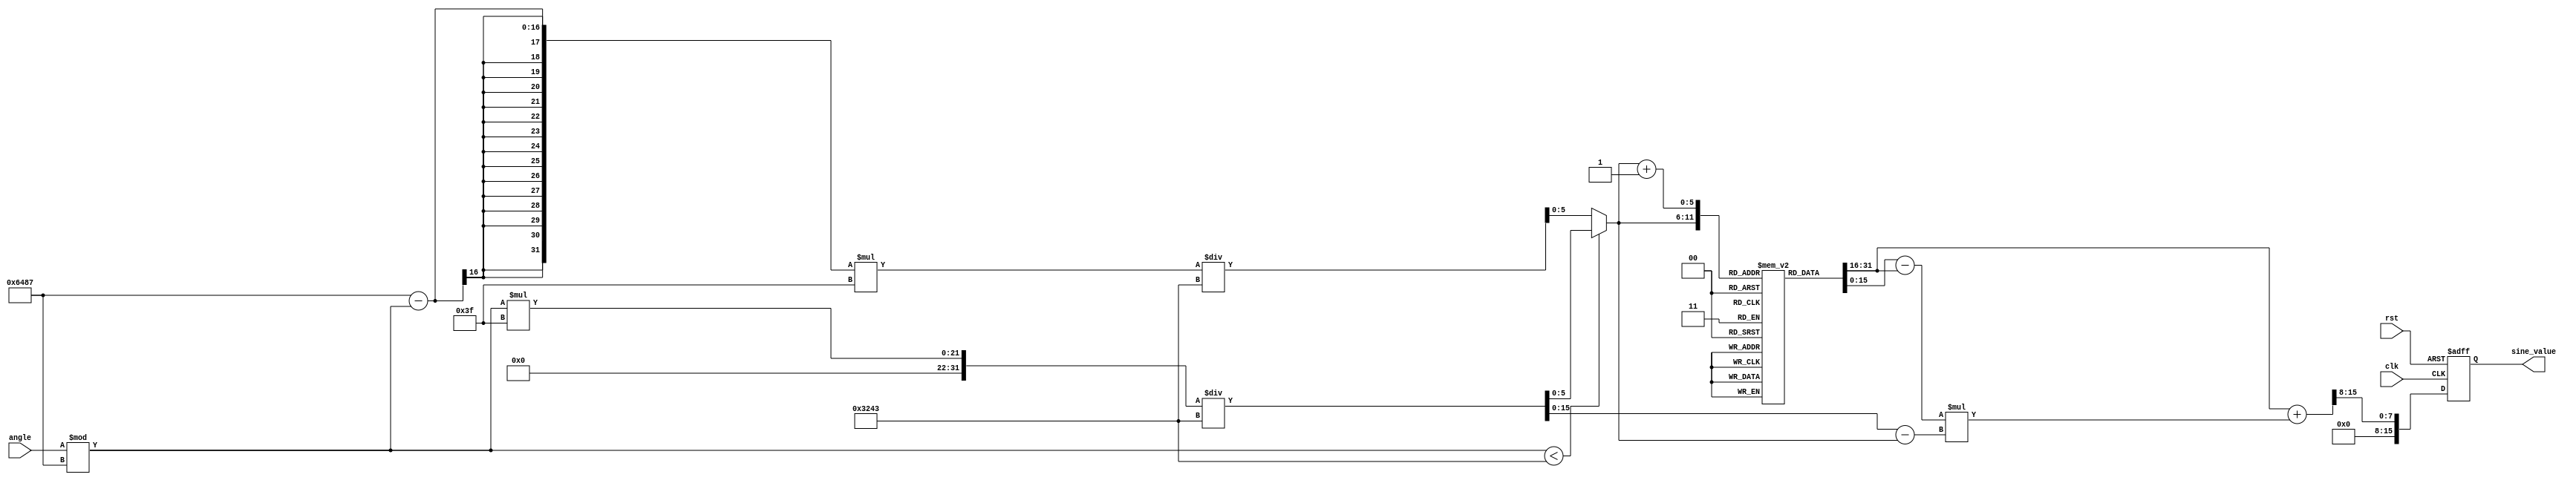
module sine_function (
    input wire [15:0] angle, // Input angle in fixed-point representation (0-2)
    input wire clk,          // Clock signal
    input wire rst,          // Reset signal
    output reg [15:0] sine_value // Output sine value in fixed-point representation
);

    // Parameters
    parameter LUT_SIZE = 63; // Size of the LUT (for 0 to )
    parameter PI = 16'h3243;  // Fixed-point representation of  (approx. 3.14159)
    parameter TWO_PI = 16'h6487; // Fixed-point representation of 2 (approx. 6.28318)

    // Sine lookup table (pre-calculated values for 0 to )
    reg [15:0] sine_lut [0:LUT_SIZE];

    // Initialize the sine LUT with pre-calculated values
    initial begin
        sine_lut[0] = 16'h0000; // sin(0)
        sine_lut[1] = 16'h1C8E; // sin(0.1)
        sine_lut[2] = 16'h38B0; // sin(0.2)
        sine_lut[3] = 16'h54B2; // sin(0.3)
        sine_lut[4] = 16'h6D3B; // sin(0.4)
        sine_lut[5] = 16'h7A7A; // sin(0.5)
        sine_lut[6] = 16'h7FFF; // sin(0.5236)
        // Add more values as needed for higher precision
        // ...
        sine_lut[LUT_SIZE] = 16'h0000; // sin()
    end

    // Internal variables
    reg [15:0] normalized_angle;
    reg [5:0] lut_index;
    reg [15:0] lut_value1, lut_value2;
    reg [15:0] fraction;

    // Normalize the input angle to the range [0, 2]
    always @(posedge clk or posedge rst) begin
        if (rst) begin
            sine_value <= 16'h0000;
        end else begin
            normalized_angle = angle % TWO_PI;

            // Determine the LUT index and fractional part
            if (normalized_angle < PI) begin
                lut_index = normalized_angle * LUT_SIZE / PI; // Scale to LUT size
            end else begin
                lut_index = (TWO_PI - normalized_angle) * LUT_SIZE / PI; // Reflect across 
            end
            
            // Get the two nearest LUT values
            lut_value1 = sine_lut[lut_index];
            lut_value2 = sine_lut[lut_index + 1];

            // Calculate the fractional part for interpolation
            fraction = (normalized_angle * LUT_SIZE / PI) - lut_index;

            // Linear interpolation
            sine_value <= lut_value1 + ((lut_value2 - lut_value1) * fraction) >> 8; // Shift for fixed-point
        end
    end

endmodule